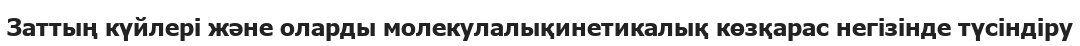
Заттың күйлері және оларды молекулалықинетикалық көзқарас негізінде түсіндіру